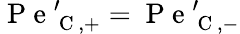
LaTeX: \mathrm{~P~e~}_{\mathrm{~C~},+}^{\prime}=\mathrm{~P~e~}_{\mathrm{~C~},-}^{\prime}